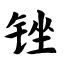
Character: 锉